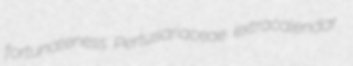
fortunateness Pertusariaceae extracalendar